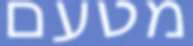
מטעם